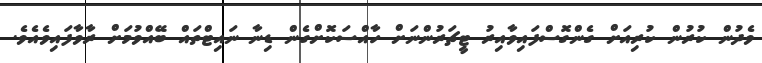
ވެދުން ކުރުން ކުރިއަަށް ގެންގޮސްފައިވާއިރު ޓީޗަރުންނަށް ހާއްސަކޮށްގެން ޑިނާ ނައިޓްތައް ބޭއްވުމަށް ރާވާފައިވެއެވެ.